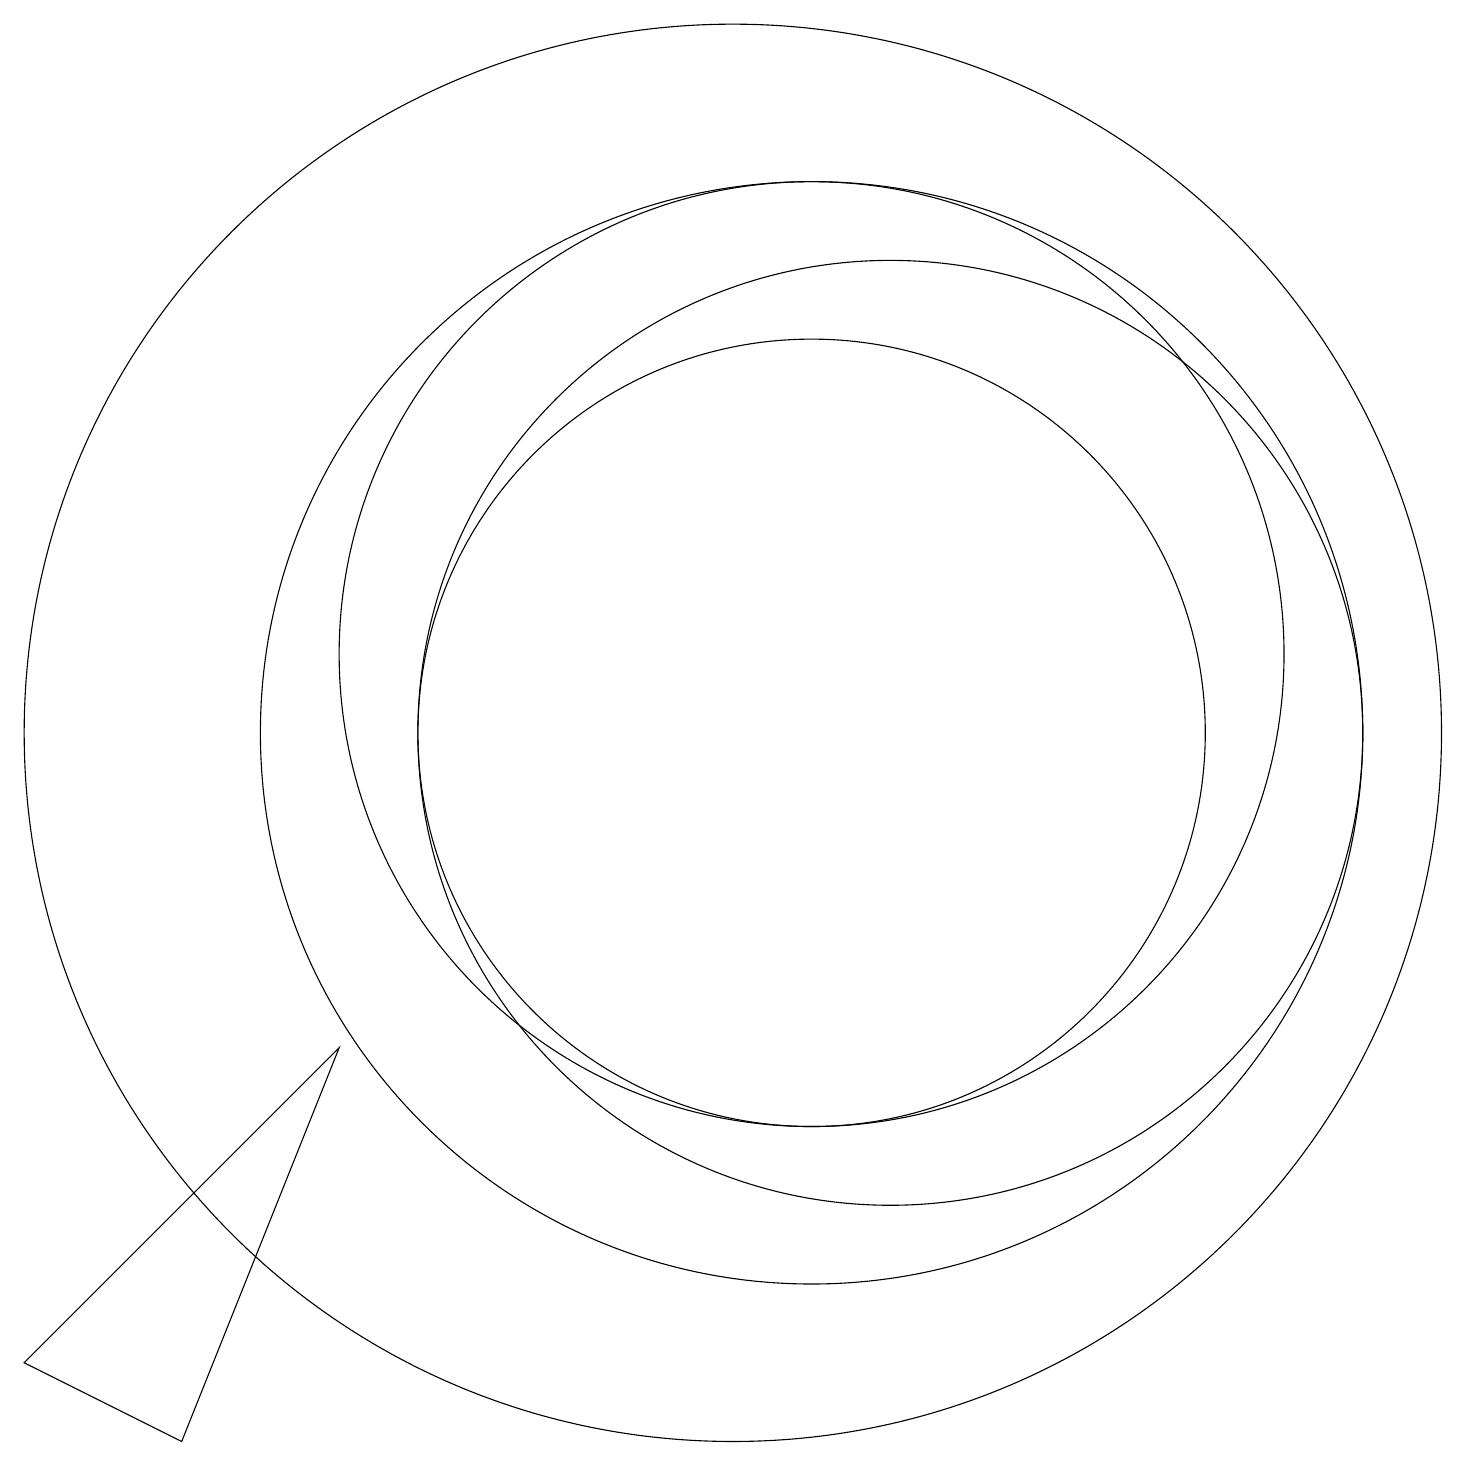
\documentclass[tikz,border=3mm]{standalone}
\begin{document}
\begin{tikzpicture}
\draw (11,11) circle (7);
\draw (3,2) -- (1,3) -- (5,7) -- cycle;
\draw (10,11) circle (9);
\draw (11,11) circle (5);
\draw (11,12) circle (6);
\draw (12,11) circle (6);
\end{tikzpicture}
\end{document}